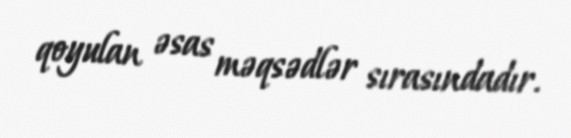
qoyulan əsas məqsədlər sırasındadır.